Report on vaccination in the Province of Bengal - 1874-1889
Year: 1874
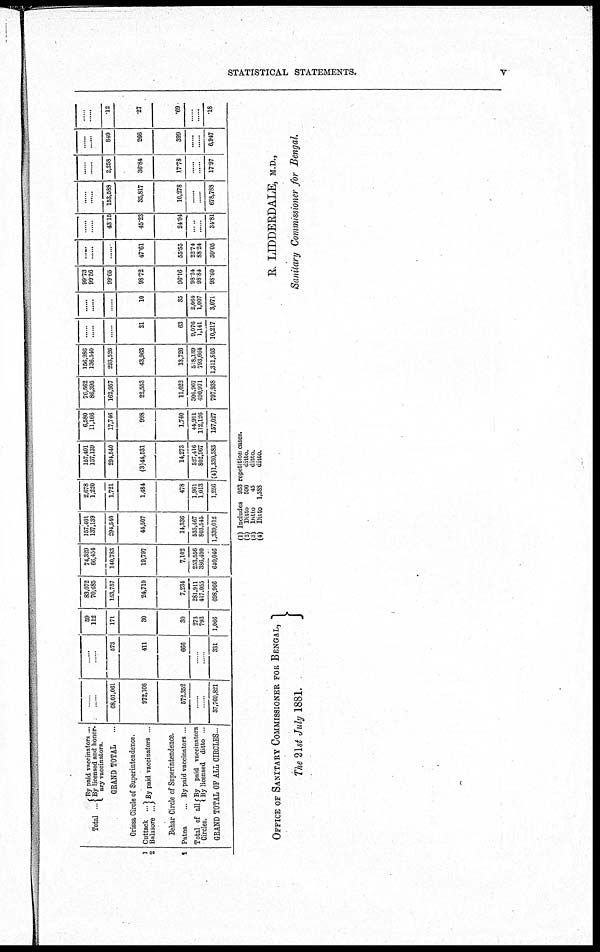
STATISTICAL STATEMENTS.
v
1
2
1
Total ...
By paid vaccinators ...
By licensed and honor-
ary vaccinators.
GRAND TOTAL
...
Orissa Circle of Superintendence.
Cuttack ...
Balasore ...
By paid vaccinators ...
Behar Circle of Superintendence.
Patna ...
Total of all
Circles.
By paid vaccinators ...
By paid vaccinators
By licensed ditto ...
GRAND TOTAL OF ALL CIRCLES...
......
......
68,01,061
972,108
572,352
......
......
37,769,821
......
......
573
411
666
......
......
331
59
112
171
30
80
273
793
1,066
83,072
70,685
153,757
24,710
7,234
281,911
417,055
698,066
74,329
66,454
140,783
19,797
7,102
253,556
386,490
640,046
157,401
137,139
294,640
44,507
14,336
535,467
803,545
1,339,012
2,678
1,220
1,721
1,484
478
1,961
1,013
1,256
157,401
137,139
294,640
(3)44,531
14,273
527,416
802,967
(4)1,330,383
6,580
11,166
17,746
998
1.740
44,901
112,126
157,027
76,562
86,395
162,957
22,553
11,022
306,967
490,971
797,938
166,986
136.540
293,526
43,963
13,726
518,139
793,664
1,311,803
......
......
......
21
63
9,076
1,141
10,217
......
......
......
10
35
2,064
1,007
3,071
99.73
99.56
99.65
98.72
96.16
98.24
98.84
98.60
......
......
......
47.61
55.55
22.74
88.24
30.05
......
......
43.15
45.23
24.04
......
......
34.81
......
......
153,588
35,817
10,278
......
......
678,788
......
......
2,258
36.84
17.78
......
......
17.97
......
......
849
266
399
......
......
6,947
......
......
.12
.27
.69
......
......
.18
(1)
(2)
(3)
(4)
Includes 953 repetition cases.
Ditto
590
ditto.
Ditto
45
ditto.
Ditto 1,588
ditto.
OFFICE OF SANITARY COMMISSIONER FOR BENGAL,
The 21st July 1881.
R. LIDDERDALE, M.D.,
Sanitary Commissioner for Bengal.